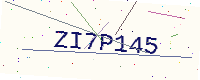
Text: ZI7P145